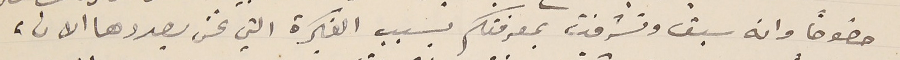
خصوصاً وانه سبق وتشرفت بمعرفتكم بسبب الفكرة التي نحن بصددها الان،